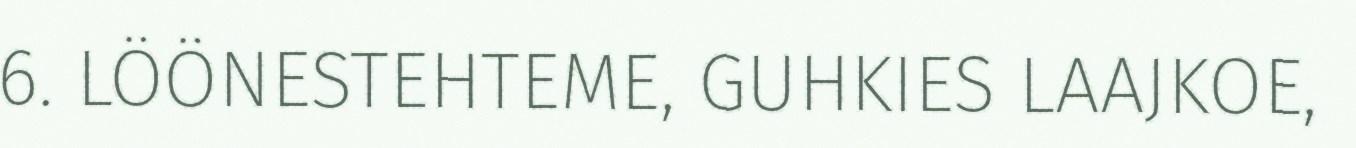
6. LÖÖNESTEHTEME, GUHKIES LAAJKOE,